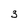
Character: 3